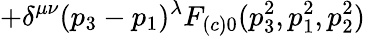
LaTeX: +\delta^{\mu\nu}(p_{3}-p_{1})^{\lambda}F_{(c)0}(p_{3}^{2},p_{1}^{2},p_{2}^{2})